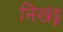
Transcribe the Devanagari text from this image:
निखंडू